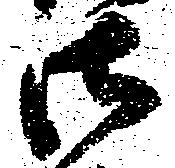
御